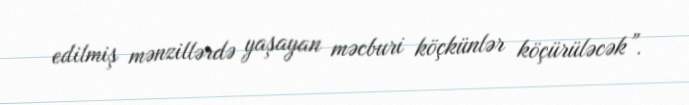
edilmiş mənzillərdə yaşayan məcburi köçkünlər köçürüləcək”.